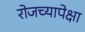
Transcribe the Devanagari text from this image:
रोजच्यापेक्षा